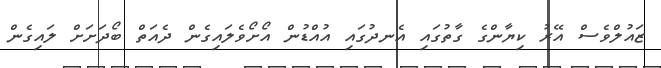
ޒައުލްވެސް އޭރު ކިޔާންގެ ގާތުގައި އެނދުގައި އުއްޑުން އޯށޯވެލައިގެން ދެއަތް ބޯދަށަށް ލައިގެން